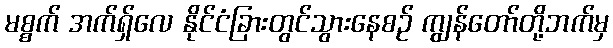
မစ္စက် အက်ရှ်လေ နိုင်ငံခြားတွင်သွားနေစဉ် ကျွန်တော်တို့ဘက်မှ